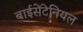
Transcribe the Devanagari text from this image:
बाईसेंटेनियल